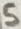
Text: 5